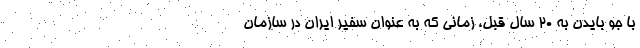
با جو بایدن به ۲۰ سال قبل، زمانی که به عنوان سفیر ایران در سازمان